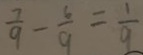
\frac { 7 } { 9 } - \frac { 6 } { 9 } = \frac { 1 } { 9 }